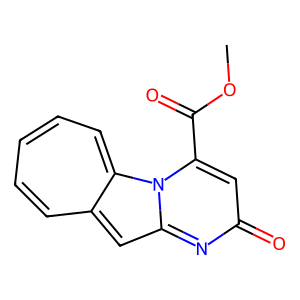
SMILES: COC(=O)c1cc(=O)nc2cc3cccccc3n12
Inhibits HIV replication: No